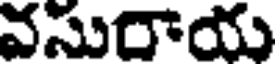
వసురాయ